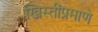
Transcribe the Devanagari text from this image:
ख्रिस्तींप्रमाणे